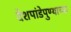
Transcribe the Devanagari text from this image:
देशपांडेपुण्याच्या